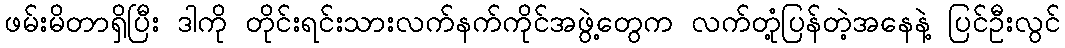
ဖမ်းမိတာရှိပြီး ဒါကို တိုင်းရင်းသားလက်နက်ကိုင်အဖွဲ့တွေက လက်တုံ့ပြန်တဲ့အနေနဲ့ ပြင်ဦးလွင်